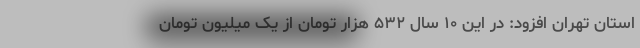
استان تهران افزود: در این ۱۰ سال ۵۳۲ هزار تومان از یک میلیون تومان